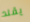
يقلد